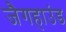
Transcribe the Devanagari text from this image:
जैगहाउंड